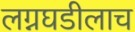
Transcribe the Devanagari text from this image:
लग्नघडीलाच